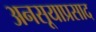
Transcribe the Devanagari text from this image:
अनसूयाप्रसाद